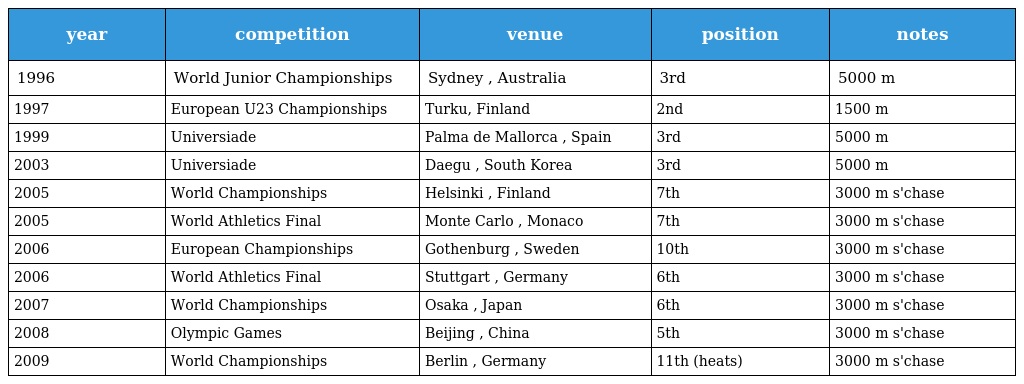
| year | competition | venue | position | notes |
 | --- | --- | --- | --- | --- |
 | 1996 | World Junior Championships | Sydney , Australia | 3rd | 5000 m |
 | 1997 | European U23 Championships | Turku, Finland | 2nd | 1500 m |
 | 1999 | Universiade | Palma de Mallorca , Spain | 3rd | 5000 m |
 | 2003 | Universiade | Daegu , South Korea | 3rd | 5000 m |
 | 2005 | World Championships | Helsinki , Finland | 7th | 3000 m s'chase |
 | 2005 | World Athletics Final | Monte Carlo , Monaco | 7th | 3000 m s'chase |
 | 2006 | European Championships | Gothenburg , Sweden | 10th | 3000 m s'chase |
 | 2006 | World Athletics Final | Stuttgart , Germany | 6th | 3000 m s'chase |
 | 2007 | World Championships | Osaka , Japan | 6th | 3000 m s'chase |
 | 2008 | Olympic Games | Beijing , China | 5th | 3000 m s'chase |
 | 2009 | World Championships | Berlin , Germany | 11th (heats) | 3000 m s'chase |